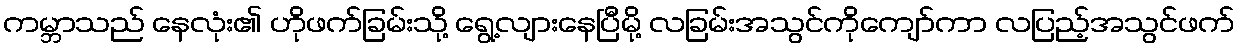
ကမ္ဘာသည် နေလုံး၏ ဟိုဖက်ခြမ်းသို့ ရွေ့လျားနေပြီမို့ လခြမ်းအသွင်ကိုကျော်ကာ လပြည့်အသွင်ဖက်